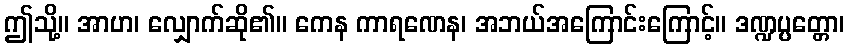
ဤသို့။ အာဟ၊ လျှောက်ဆို၏။ ကေန ကာရဏေန၊ အဘယ်အကြောင်းကြောင့်။ ဒဏ္ဍပ္ပတ္တော၊